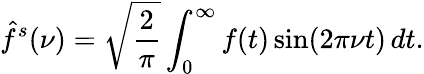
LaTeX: {\hat{f}}^{s}(\nu)={\sqrt{\frac{2}{\pi}}}\int_{0}^{\infty}f(t)\sin(2\pi\nu t)\, dt.